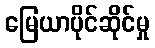
မြေယာပိုင်ဆိုင်မှု